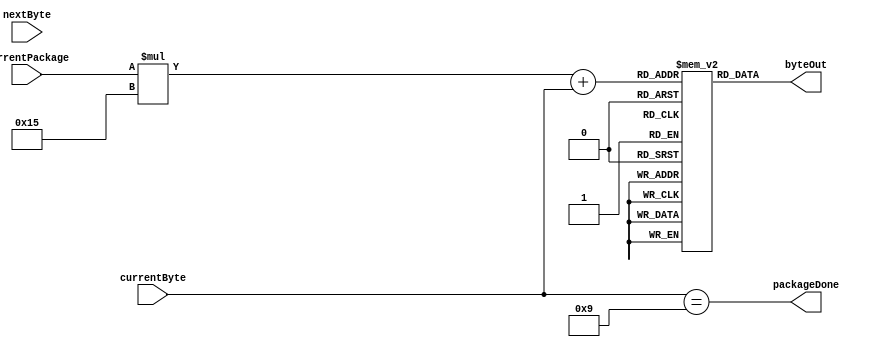
`timescale 1ns / 1ps

module byter(
		input  wire nextByte,
		input  wire [4:0] currentByte,
		input  wire [2:0] currentPackage,
		output wire [7:0] byteOut,           // Ausgabe des aktuellen Bytes
		output wire packageDone
	);

	// define module parameters
	// states
	localparam POLL     = 3'b000,
	           CONFENTR = 3'b001,
	           CONFANAL = 3'b010,
	           CONFEXIT = 3'b011;

	// Register initializing
	reg [7:0] allBytes [4:0][20:0]; // 3d array, 5 states by 16 different bytes 8bit Registers

	// register assignment
	assign byteOut = allBytes [currentPackage] [currentByte];
	assign packageDone = currentByte == 9;

	// intitializing the bytes
	initial begin
		// Poll
		allBytes [3'b000]  [0] = 8'h01; // always first byte
		allBytes [3'b000]  [1] = 8'h42; // Polling
		allBytes [3'b000]  [2] = 8'h00; // always third byte
		// Default Filler Bytes
		allBytes [3'b000]  [3] = 8'h00;
		allBytes [3'b000]  [4] = 8'h00;
		allBytes [3'b000]  [5] = 8'h00;
		allBytes [3'b000]  [6] = 8'h00;
		allBytes [3'b000]  [7] = 8'h00;
		allBytes [3'b000]  [8] = 8'h00;
		allBytes [3'b000]  [9] = 8'h00;
		allBytes [3'b000] [10] = 8'h00;
		allBytes [3'b000] [11] = 8'h00;
		allBytes [3'b000] [12] = 8'h00;
		allBytes [3'b000] [13] = 8'h00;
		allBytes [3'b000] [14] = 8'h00;
		allBytes [3'b000] [15] = 8'h00;
		allBytes [3'b000] [16] = 8'h00;
		allBytes [3'b000] [17] = 8'h00;
		allBytes [3'b000] [18] = 8'h00;
		allBytes [3'b000] [19] = 8'h00;
		allBytes [3'b000] [20] = 8'h00;

		// Enter config mode
		allBytes [3'b001]  [0] = 8'h01; // always first byte
		allBytes [3'b001]  [1] = 8'h43; // configure...
		allBytes [3'b001]  [2] = 8'h00; // always third byte
		allBytes [3'b001]  [3] = 8'h01; // enters config mode
		// Default Filler Bytes
		allBytes [3'b001]  [4] = 8'h00;
		allBytes [3'b001]  [5] = 8'h00;
		allBytes [3'b001]  [6] = 8'h00;
		allBytes [3'b001]  [7] = 8'h00;
		allBytes [3'b001]  [8] = 8'h00;
		allBytes [3'b001]  [9] = 8'h00;
		allBytes [3'b001] [10] = 8'h00;
		allBytes [3'b001] [11] = 8'h00;
		allBytes [3'b001] [12] = 8'h00;
		allBytes [3'b001] [13] = 8'h00;
		allBytes [3'b001] [14] = 8'h00;
		allBytes [3'b001] [15] = 8'h00;
		allBytes [3'b001] [16] = 8'h00;
		allBytes [3'b001] [17] = 8'h00;
		allBytes [3'b001] [18] = 8'h00;
		allBytes [3'b001] [19] = 8'h00;
		allBytes [3'b001] [20] = 8'h00;

		// Set analog mode
		allBytes [3'b010]  [0] = 8'h01; // always first byte
		allBytes [3'b010]  [1] = 8'h44; // set digital/analog
		allBytes [3'b010]  [2] = 8'h00; // always third byte
		allBytes [3'b010]  [3] = 8'h01; // set analog
		allBytes [3'b010]  [4] = 8'h03;
		// Default Filler Bytes
		allBytes [3'b010]  [5] = 8'h00; 
		allBytes [3'b010]  [6] = 8'h00;
		allBytes [3'b010]  [7] = 8'h00;
		allBytes [3'b010]  [8] = 8'h00;
		allBytes [3'b010]  [9] = 8'h00;
		allBytes [3'b010] [10] = 8'h00;
		allBytes [3'b010] [11] = 8'h00;
		allBytes [3'b010] [12] = 8'h00;
		allBytes [3'b010] [13] = 8'h00;
		allBytes [3'b010] [14] = 8'h00;
		allBytes [3'b010] [15] = 8'h00;
		allBytes [3'b010] [16] = 8'h00;
		allBytes [3'b010] [17] = 8'h00;
		allBytes [3'b010] [18] = 8'h00;
		allBytes [3'b010] [19] = 8'h00;
		allBytes [3'b010] [20] = 8'h00;

		// Exit config mode
		allBytes [3'b011]  [0] = 8'h01; // always first byte
		allBytes [3'b011]  [1] = 8'h43; // configure...
		allBytes [3'b011]  [2] = 8'h00; // always third byte
		allBytes [3'b011]  [3] = 8'h00; // exits config mode
		// Default Filler Bytes
		allBytes [3'b011]  [4] = 8'h5A;
		allBytes [3'b011]  [5] = 8'h5A;
		allBytes [3'b011]  [6] = 8'h5A;
		allBytes [3'b011]  [7] = 8'h5A;
		allBytes [3'b011]  [8] = 8'h5A;
		allBytes [3'b011]  [9] = 8'h5A;
		allBytes [3'b011] [10] = 8'h5A;
		allBytes [3'b011] [11] = 8'h5A;
		allBytes [3'b011] [12] = 8'h5A;
		allBytes [3'b011] [13] = 8'h5A;
		allBytes [3'b011] [14] = 8'h5A;
		allBytes [3'b011] [15] = 8'h5A;
		allBytes [3'b011] [16] = 8'h5A;
		allBytes [3'b011] [17] = 8'h5A;
		allBytes [3'b011] [18] = 8'h5A;
		allBytes [3'b011] [19] = 8'h5A;
		allBytes [3'b011] [20] = 8'h5A;

	end

endmodule